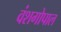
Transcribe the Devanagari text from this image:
वंशगोपाल